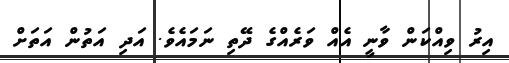
އިރު ވިއްކަން ވާނީ އެއް ވަރެއްގެ ދޭތި ނަމައެވެ. އަދި އަތުން އަތަށް